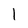
Character: I